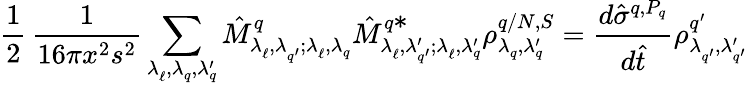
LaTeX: {\frac{1}{2}}\, \frac{1}{16\pi x^{2}s^{2}}\sum_{\lambda_{\ell}^{\, },\lambda_{q}^{\, },\lambda_{q}^{\prime}}\hat{M}_{\lambda_{\ell}^{\, },\lambda_{q^{\prime}}^{\, };\lambda_{\ell}^{\, },\lambda_{q}^{\, }}^{q}\hat{M}_{\lambda_{\ell}^{\, },\lambda_{q^{\prime}}^{\prime};\lambda_{\ell}^{\, },\lambda_{q}^{\prime}}^{q\textstyle{*}}\rho_{\lambda_{q}^{\, },\lambda_{q}^{\prime}}^{q/N,S}=\frac{d\hat{\sigma}^{q,P_{q}}}{d\hat{t}}\rho_{\lambda_{q^{\prime}}^{\, },\lambda_{q^{\prime}}^{\prime}}^{q^{\prime}}